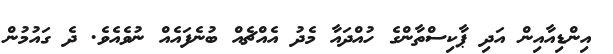
އިންޑިއާއިން އަދި ޕާކިސްތާންގެ ހުއްދައާ މެދު އެއްޗެއް ބުނެފައެއް ނުވެއެވެ. ދެ ގައުމުން